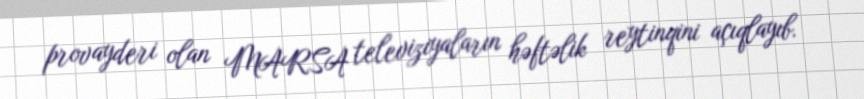
provayderi olan MARSA televiziyaların həftəlik reytinqini açıqlayıb.